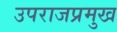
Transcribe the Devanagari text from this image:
उपराजप्रमुख